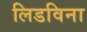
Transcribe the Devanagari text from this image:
लिडविना